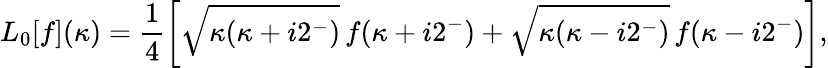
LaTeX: L_{0}[f](\kappa)=\frac{1}{4}\left[\sqrt{\kappa(\kappa+i2^{-})}\, f(\kappa+i2^{-})+\sqrt{\kappa(\kappa-i2^{-})}\, f(\kappa-i2^{-})\right],